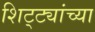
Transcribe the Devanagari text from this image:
शिट्ट्यांच्या